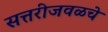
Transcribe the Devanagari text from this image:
सत्तरीजवळचे